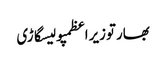
بھارتوزیراعظمپولیسگاڑی